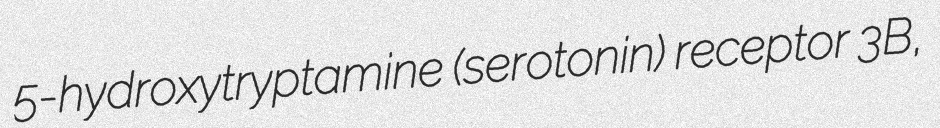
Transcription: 5-hydroxytryptamine (serotonin) receptor 3B,